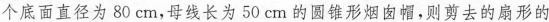
个底面直径为80cm，母线长为50cm的圆锥形烟囱帽，则剪去的扇形的